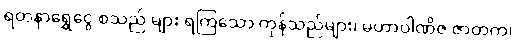
ရတနာရွှေငွေ စသည် များ ရကြသော ကုန်သည်များ၊ မဟာဝါဏိဇ ဇာတက၊